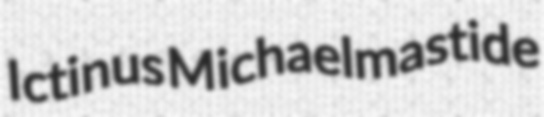
Ictinus Michaelmastide